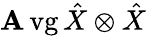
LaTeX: \operatorname{\mathbf{A}vg}\hat{{X}}\otimes\hat{{X}}